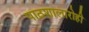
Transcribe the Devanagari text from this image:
पाठशालारोही